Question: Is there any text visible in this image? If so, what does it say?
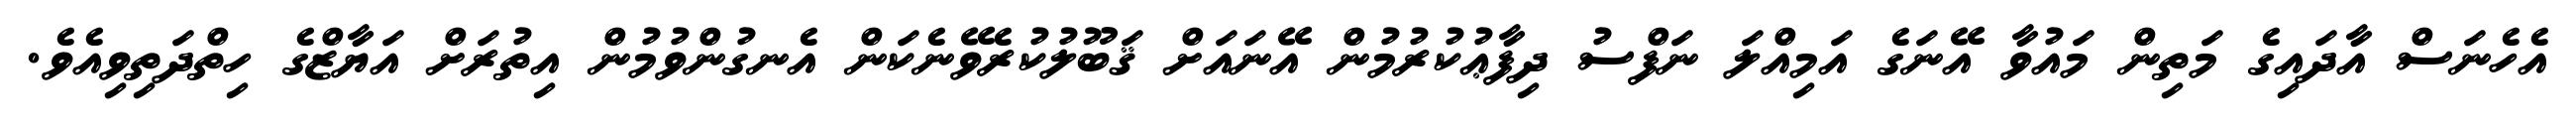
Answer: އެހެނަސް އާދައިގެ މަތިން މައުވާ އޭނަގެ އަމިއްލަ ނަފްސު ދިފާޢުކުރުމުން އޭނައަށް ޤަބޫލުކުރެވޭނެކަން އެނގުންވުމުން އިތުރަށް އަޔާޒްގެ ހިތްދަތިވިއެވެ.